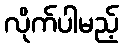
လိုက်ပါမည့်